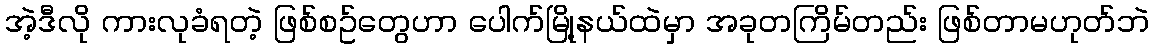
အဲ့ဒီလို ကားလုခံရတဲ့ ဖြစ်စဥ်တွေဟာ ပေါက်မြို့နယ်ထဲမှာ အခုတကြိမ်တည်း ဖြစ်တာမဟုတ်ဘဲ